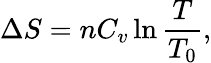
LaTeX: \Delta S=nC_{v}\ln{\frac{T}{T_{0}}},